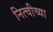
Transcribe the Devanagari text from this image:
नित्चीच्या